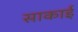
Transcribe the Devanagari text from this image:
साकाई